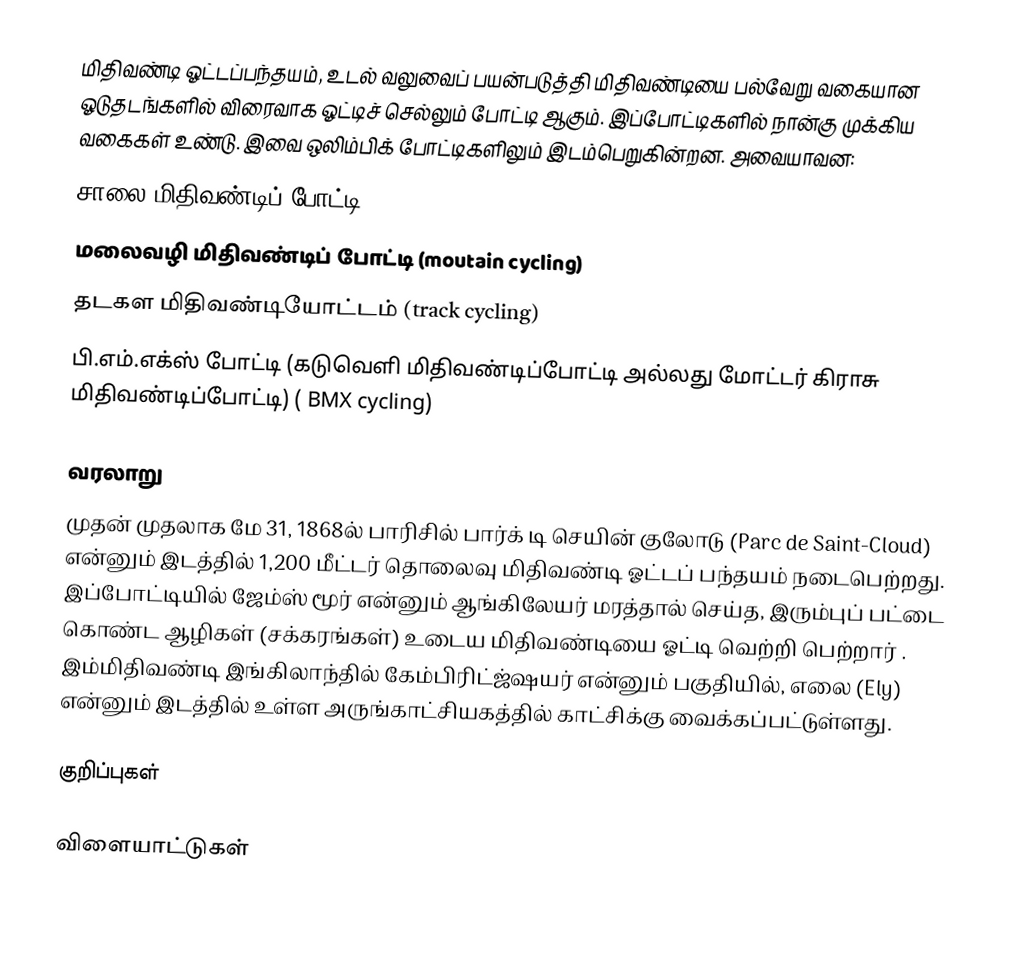
மிதிவண்டி ஓட்டப்பந்தயம், உடல் வலுவைப் பயன்படுத்தி மிதிவண்டியை பல்வேறு வகையான ஓடுதடங்களில் விரைவாக ஓட்டிச் செல்லும் போட்டி ஆகும்.  இப்போட்டிகளில் நான்கு முக்கிய வகைகள் உண்டு. இவை ஒலிம்பிக் போட்டிகளிலும் இடம்பெறுகின்றன. அவையாவன:
 சாலை மிதிவண்டிப் போட்டி (road cycling)
 மலைவழி மிதிவண்டிப் போட்டி (moutain cycling)
 தடகள மிதிவண்டியோட்டம் (track cycling)
 பி.எம்.எக்ஸ் போட்டி (கடுவெளி மிதிவண்டிப்போட்டி  அல்லது மோட்டர் கிராசு மிதிவண்டிப்போட்டி) ( BMX cycling)

வரலாறு
முதன் முதலாக மே 31, 1868ல் பாரிசில் பார்க் டி செயின் குலோடு (Parc de Saint-Cloud) என்னும் இடத்தில் 1,200 மீட்டர் தொலைவு மிதிவண்டி ஓட்டப் பந்தயம் நடைபெற்றது. இப்போட்டியில் ஜேம்ஸ் மூர் என்னும் ஆங்கிலேயர் மரத்தால் செய்த, இரும்புப் பட்டை கொண்ட ஆழிகள் (சக்கரங்கள்) உடைய மிதிவண்டியை ஓட்டி வெற்றி பெற்றார் . இம்மிதிவண்டி இங்கிலாந்தில் கேம்பிரிட்ஜ்ஷயர் என்னும் பகுதியில், எலை (Ely) என்னும் இடத்தில் உள்ள அருங்காட்சியகத்தில் காட்சிக்கு வைக்கப்பட்டுள்ளது.

குறிப்புகள்

விளையாட்டுகள்